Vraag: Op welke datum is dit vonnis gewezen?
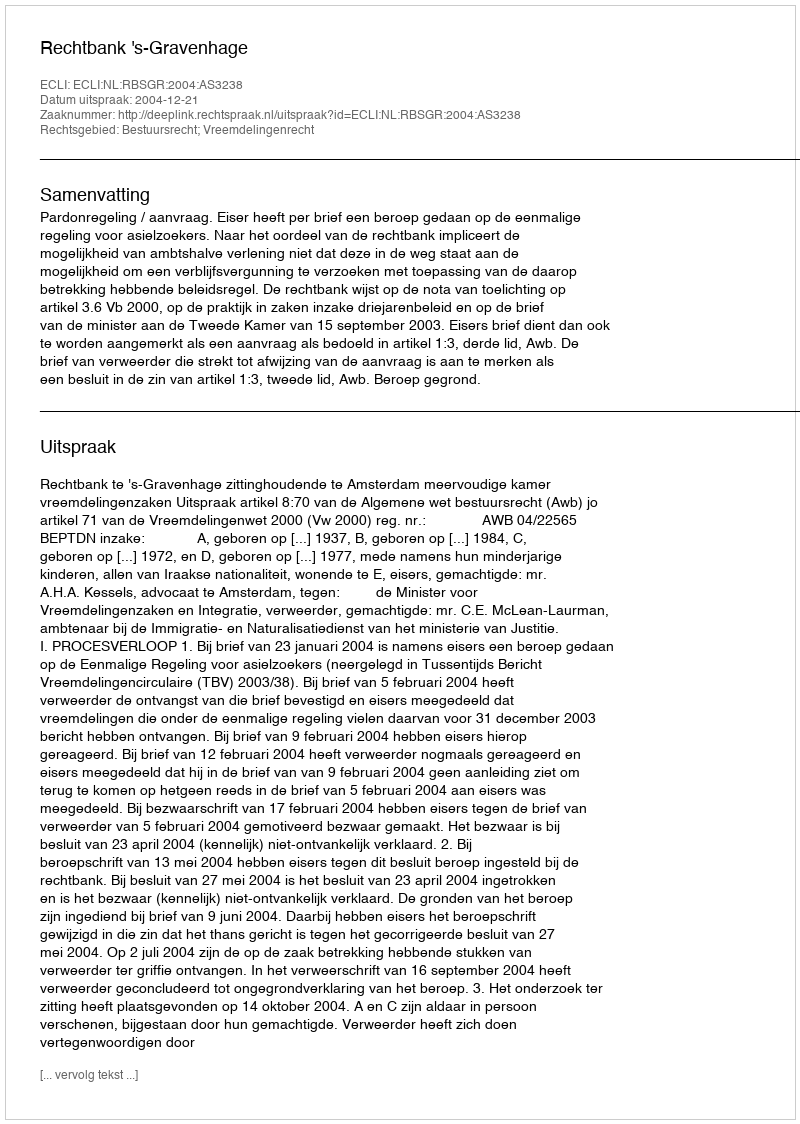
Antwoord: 2004-12-21